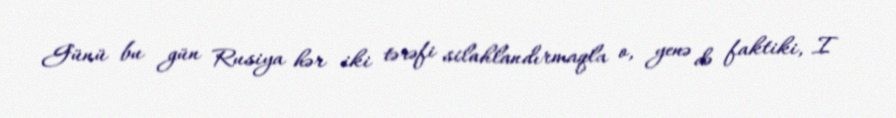
Günü bu gün Rusiya hər iki tərəfi silahlandırmaqla o, yenə də faktiki, I